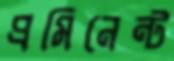
প্রমিনেন্ট